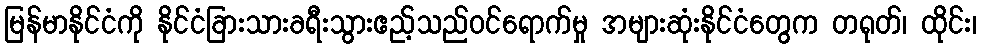
မြန်မာနိုင်ငံကို နိုင်ငံခြားသားခရီးသွားဧည့်သည်ဝင်ရောက်မှု အများဆုံးနိုင်ငံတွေက တရုတ်၊ ထိုင်း၊